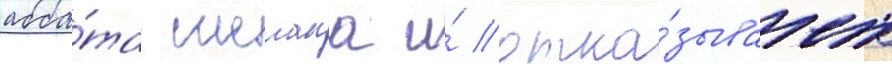
абба́та шелана и́ отка́зывает